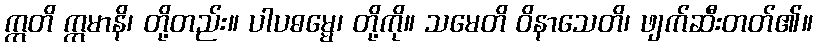
ဣတိ ဣမာနိ၊ တို့တည်း။ ပါပဓမ္မေ၊ တို့ကို။ သမေတိ ဝိနာသေတိ၊ ဖျက်ဆီးတတ်၏။